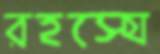
রহস্যে